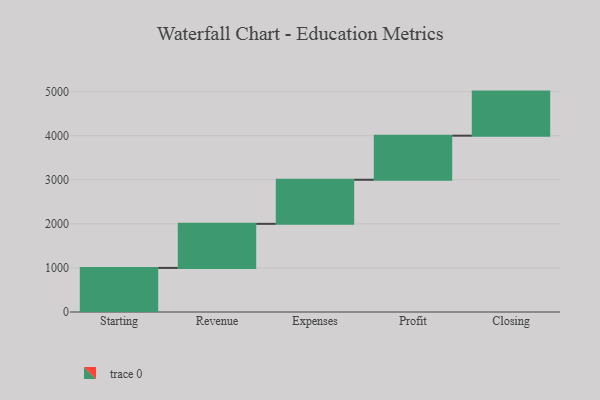
{"axis": {"x": "Step", "y": "Value"}, "legend": [""], "data": [{"x": "Starting", "y": 1000, "type": ""}, {"x": "Revenue", "y": 1000, "type": ""}, {"x": "Expenses", "y": 1000, "type": ""}, {"x": "Profit", "y": 1000, "type": ""}, {"x": "Closing", "y": 1000, "type": ""}]}